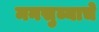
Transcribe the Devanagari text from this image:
मनसुब्याचे